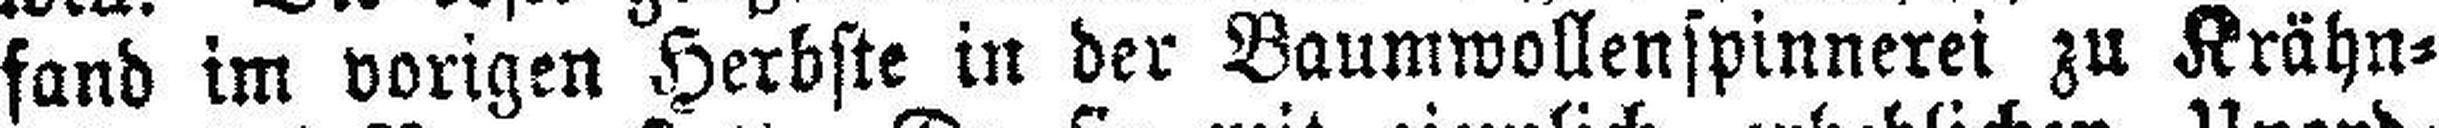
fand im vorigen Herbste in der Baumwollenspinnerei zu Krähn¬